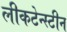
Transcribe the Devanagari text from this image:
लीकटेन्स्टीन